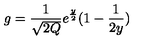
g = \frac { 1 } { \sqrt { 2 Q } } e ^ { \frac { y } { 2 } } ( 1 - \frac { 1 } { 2 y } )